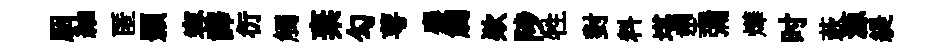
胭紬匿顥容譯衍觸棄勾萼麝觸欵陟牲對料堪塑彌燁时蔌源緹